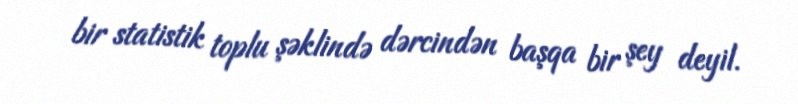
bir statistik toplu şəklində dərcindən başqa bir şey deyil.